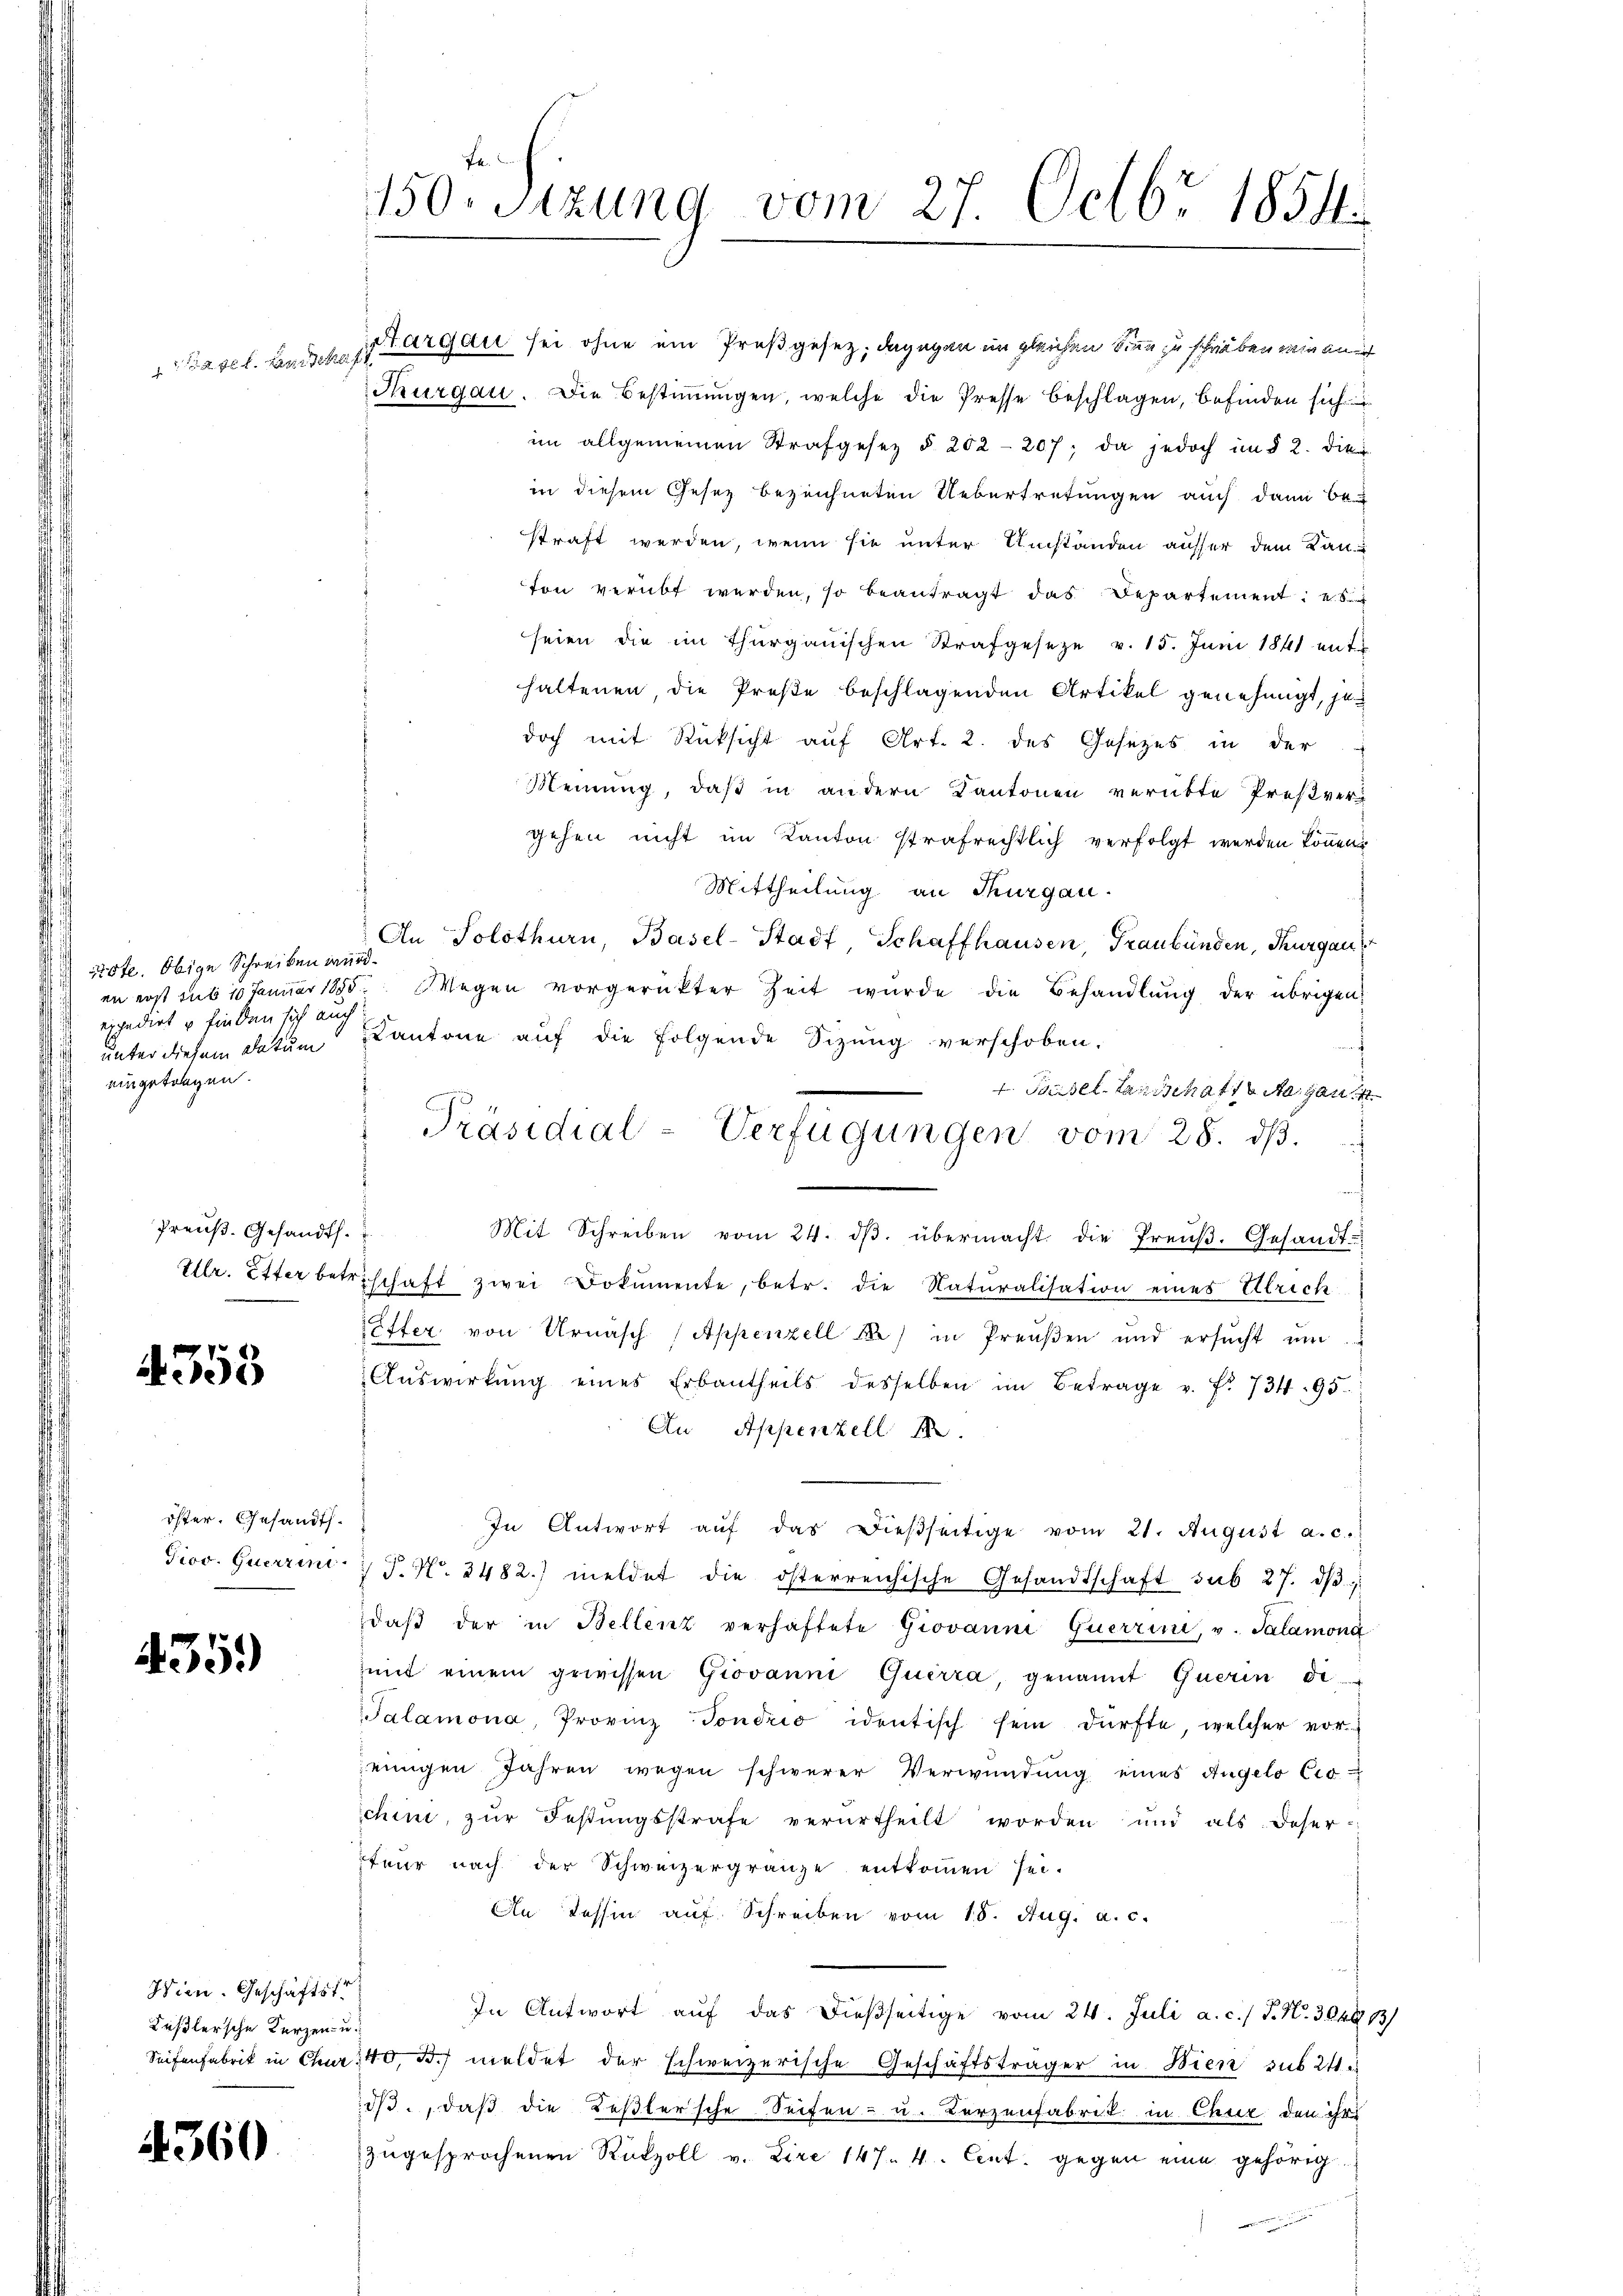
1242 f. Lauischer f

Nste. Obige Schreiben wurd.
d expedirt u finden sich auch
eingetragen.

Preuß. Gesandts.
Ulr. Etter betr.

353

öster. Gesandts¬
Giov. Querrin

435.

Wien. Geschäftst
Keßlersche Kurzen- u.
Seifenfabrik in Chur

4360

150. Sitzung vom 27. Octbr. 1854.

Aargau sei ohne ein Preßgesetz; dagegen im gleichen Sinne zu schrieben wir an
Thurgau. Die Bestiṁŭngen, welche die Presse beschlagen, befinden sich
im allgemeinen Strafgesetz § 202-207; da jedoch in § 2. die
in diesem Gesetz bezeichneten Uebertretungen auch dann be-
straft werden, wenn sie unter Umständen ausser dem Kanton verübt werden, so beantragt das Departement:
seien die im Thurgauischen Strafgeseze v. 15. Jŭni 1841 ent
haltenen die Preße beschlagenden Artikel genehmigt, jedoch mit Rücksicht auf Art. 2. des Gesezes in der
Meinung, daß in andern Kantonen verübte Preßvergehen nicht im Kanton strafrechtlich verfolgt werden können.
Mittheilung an Thurgau.
An Solothurn, Basel-Stadt, Schaffhausen, Graubünden, Thurgau
en erst sub 10 Januar 1855. Wegen vorgerückter Zeit wurde die Behandlŭng der übrigen
 unter diesem Datum Kantone auf die folgende Sitzung verschoben.
4. Basel-Landschaft da gan
Mit Schreiben vom 24. dβ übermacht die Preŭβ. Gesandt-
schaft zwei Dokumente, betr. die Naturalisation eines Ulrich
Etter von Urnasch (Appenzell A.) in Preŭβen und ersŭcht ŭm
Aŭswirkŭng eines Erbantheils desselben im Betrage v. f. 734. 95.
An Appenzell I.
In Antwort aŭf das dießseitige vom 21. August a.c.
 P. Nr. 2482. meldet die österreichische Gesandtschaft sub 27. dβ
daβ der in Bellenz verhaftete Giovanni Querrini, v. Salamona
mit einem gewissen Giovanni Querra, genannt Querin di
Palamona, Provinz Sondrio identisch sein dürfte, welcher vor-
einigen Jahren wegen schwerer Verwŭndŭng eines Angelo Cio
chini, zur Festungsstrafe verurtheilt worden und als Deserfeur nach der Schweizergränze entkommen sei.
An Tessin auf Schreiben vom 15. Aug. a. c.
In Antwort auf das dießseitige vom 24. Juli a. c. / P. Nr. 302913/
140, doch meldet der schweizerische Geschäftsträger in Bier sub 24
iß, daß die Keßlersche Seiten- u. Kerzenfabrik in Chur den ihre
zugesprochenen Rükzoll v. Lire 147. 4. Cent. gegen eine gehörig

Präsidial-Verfügungen vom 28. ds.